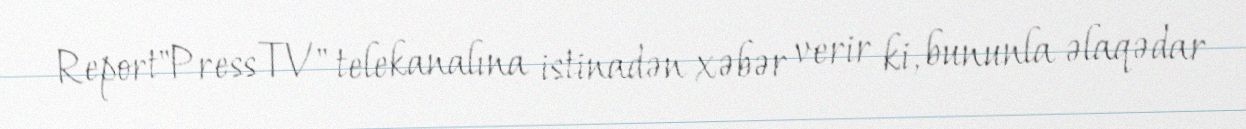
Report"Press TV" telekanalına istinadən xəbər verir ki, bununla əlaqədar